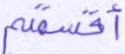
أقسمتم